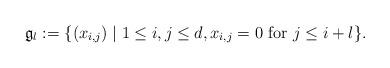
LaTeX: \begin{align*} \mathfrak{g}_l :=\{(x_{i,j}) \mid 1\leq i, j \leq d, x_{i,j}=0 \mbox{ for } j\leq i+l\}.\end{align*}